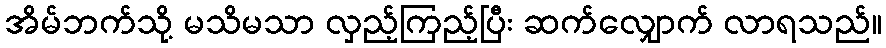
အိမ်ဘက်သို့ မသိမသာ လှည့်ကြည့်ပြီး ဆက်လျှောက် လာရသည်။